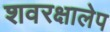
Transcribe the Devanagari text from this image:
शवरक्षालेप